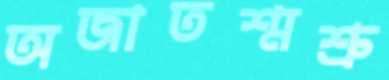
অজাতশ্মশ্রু